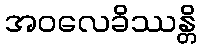
အဝလေခိဿန္တိ